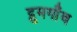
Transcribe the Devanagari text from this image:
द्रुमगाँव